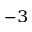
^ { - 3 }